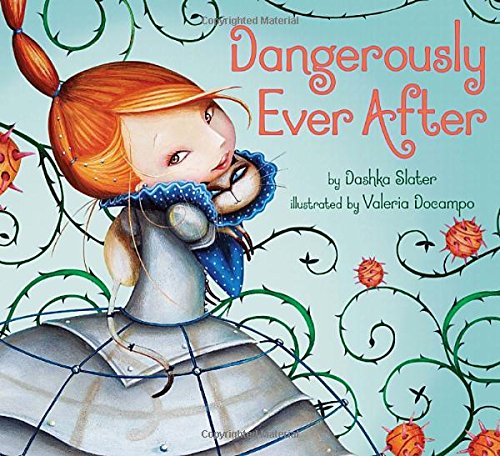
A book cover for Dangerously Ever After; Dashka Slater; Children's Books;